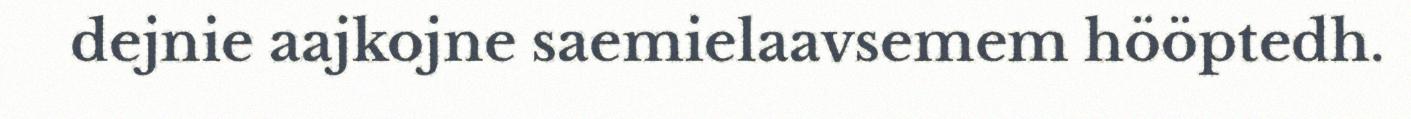
dejnie aajkojne saemielaavsemem hööptedh.